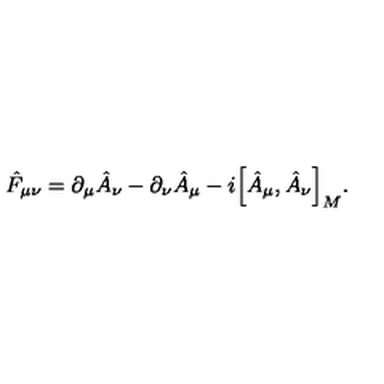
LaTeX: \hat { F } _ { \mu \nu } = \partial _ { \mu } \hat { A } _ { \nu } - \partial _ { \nu } \hat { A } _ { \mu } - i \Big [ \hat { A } _ { \mu } , \hat { A } _ { \nu } \Big ] _ { M } .